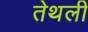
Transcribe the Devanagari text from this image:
तेथली